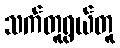
သက်တူရွယ်တူ